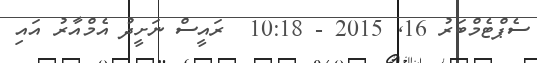
ސެޕްޓެމްބަރު 16